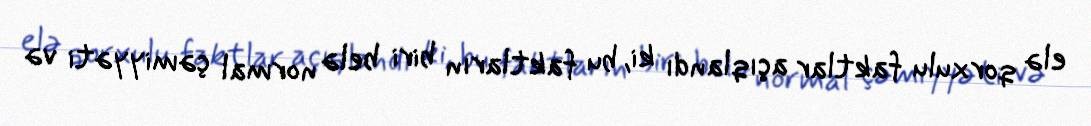
elə qorxulu faktlar açıqlandı ki, bu faktların biri belə normal çəmiyyəti və